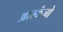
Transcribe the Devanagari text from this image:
आरकंजो